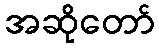
အဆိုတော်